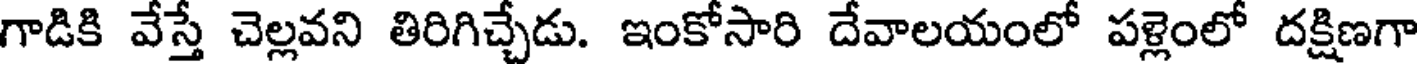
గాడికి వేస్తే చెల్లవని తిరిగిచ్చేడు. ఇంకోసారి దేవాలయంలో పళ్లెంలో దక్షిణగా